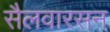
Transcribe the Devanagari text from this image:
सैलवारसन